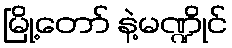
မြို့တော် နဲ့မဏ္ဍိုင်